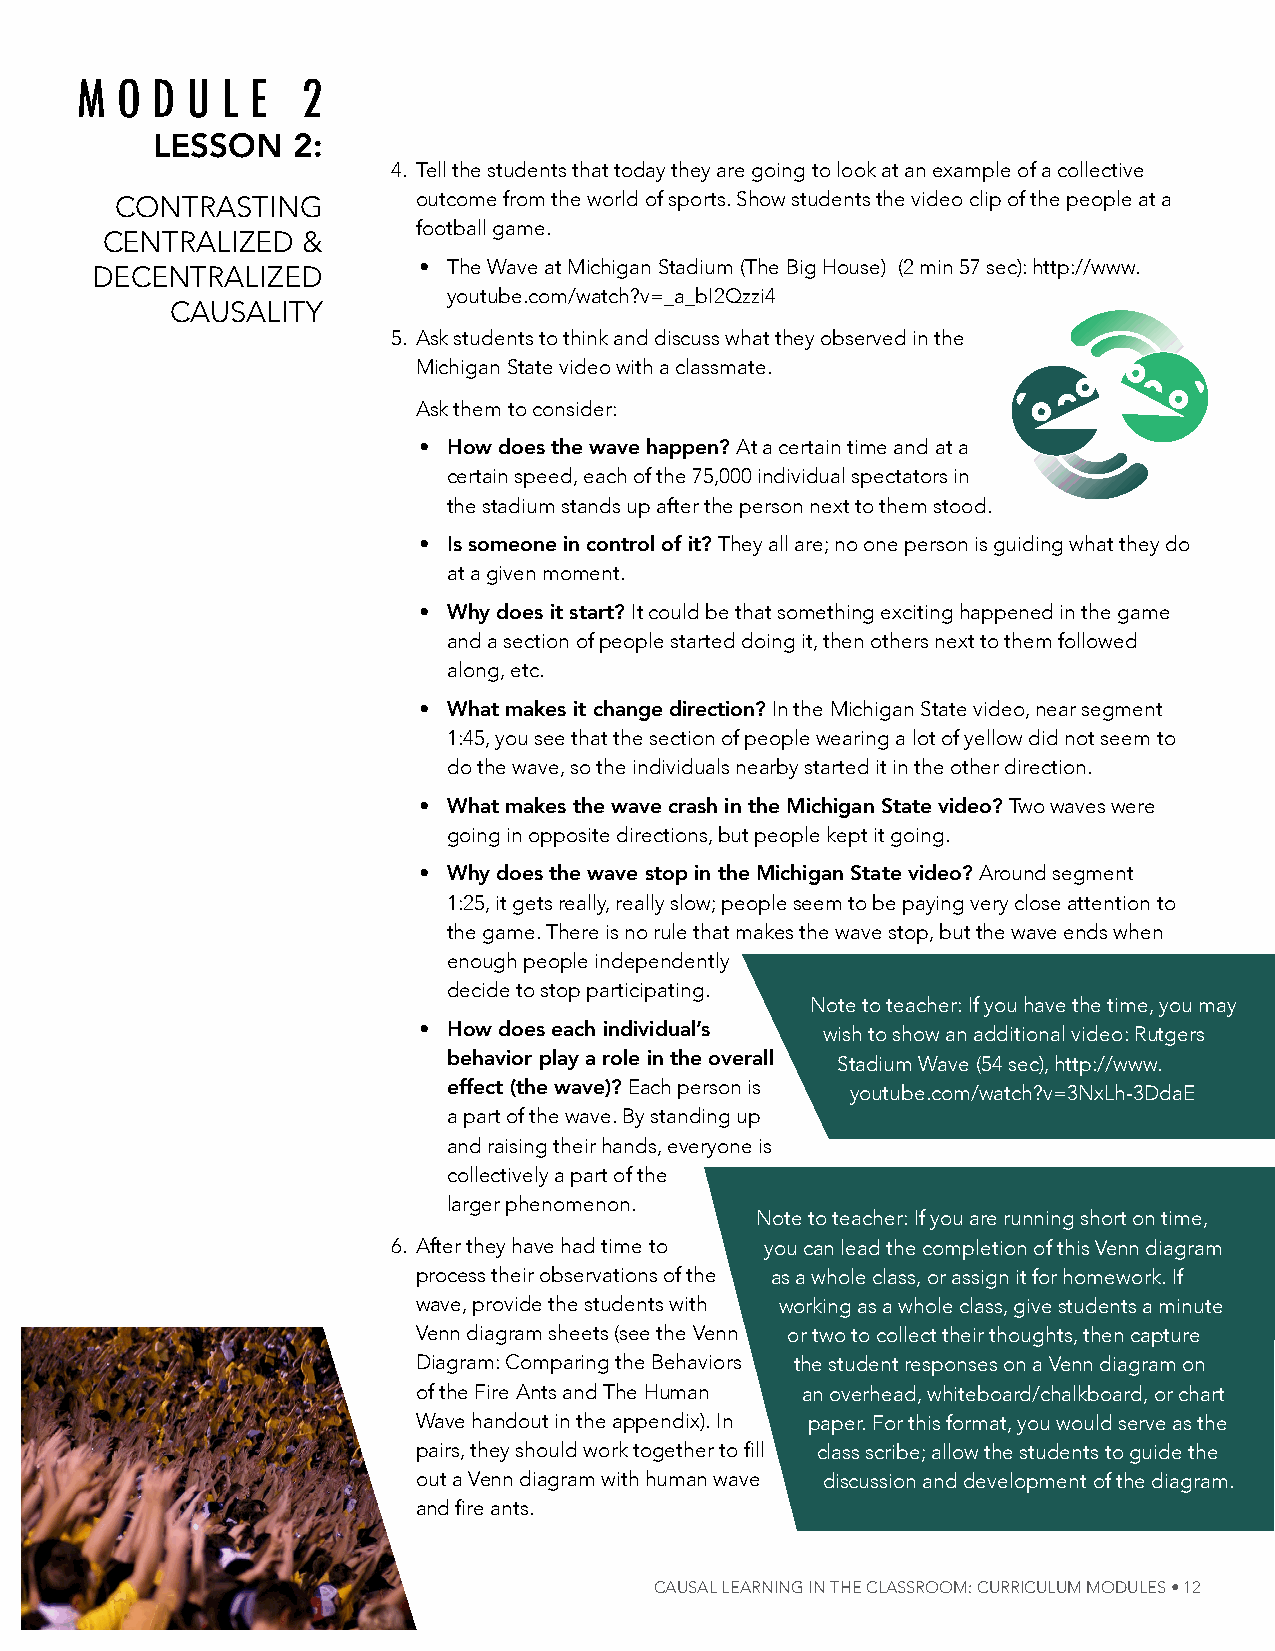
M  O D U  L E  2
 lesson   2:
 4. tell the students that today they are going to look at an example of a collective
 Contrasting         outcome from the world of sports. show students the video clip of the people at a
 football game.
 Centralized  &
 • the Wave at michigan stadium (the Big house) (2 min 57 sec): http://www.
 deCentralized
 youtube.com/watch?v=_a_bI2Qzzi4
 Causality
 5. ask students to think and discuss what they observed in the
 michigan state video with a classmate.
 ask them to consider:
 • how does the wave happen? at a certain time and at a
 certain speed, each of the 75,000 individual spectators in
 the stadium stands up after the person next to them stood.
 • is someone in control of it? they all are; no one person is guiding what they do
 at a given moment.
 • why does it start? it could be that something exciting happened in the game
 and a section of people started doing it, then others next to them followed
 along, etc.
 • what makes it change direction? in the michigan state video, near segment
 1:45, you see that the section of people wearing a lot of yellow did not seem to
 do the wave, so the individuals nearby started it in the other direction.
 • what makes the wave crash in the michigan state video? two waves were
 going in opposite directions, but people kept it going.
 • why does the wave stop in the michigan state video? around segment
 1:25, it gets really, really slow; people seem to be paying very close attention to
 the game. there is no rule that makes the wave stop, but the wave ends when
 enough people independently
 decide to stop participating.
 note to teacher: if you have the time, you may
 • how does each individual’s wish to show an additional video: rutgers
 behavior play a role in the overall stadium Wave (54 sec), http://www.
 effect (the wave)? each person is youtube.com/watch?v=3NxLh-3DdaE
 a part of the wave. By standing up
 and raising their hands, everyone is
 collectively a part of the
 larger phenomenon.
 note to teacher: if you are running short on time,
 6. after they have had time to you can lead the completion of this venn diagram
 process their observations of the as a whole class, or assign it for homework. if
 wave, provide the students with working as a whole class, give students a minute
 venn diagram sheets (see the venn or two to collect their thoughts, then capture
 diagram: Comparing the Behaviors the student responses on a venn diagram on
 of the Fire ants and the human an overhead, whiteboard/chalkboard, or chart
 Wave handout in the appendix). in paper. For this format, you would serve as the
 pairs, they should work together to fill class scribe; allow the students to guide the
 out a venn diagram with human wave discussion and development of the diagram.
 and fire ants.
 Causal learning in the Classroom: CurriCulum modules • 12